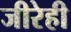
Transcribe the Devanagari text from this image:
जीरेही